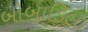
બોબાડિલા